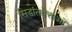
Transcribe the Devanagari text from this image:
सिद्धांतवेत्ताओं